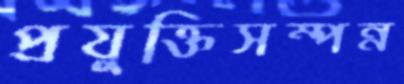
প্রযুক্তিসম্পন্ন